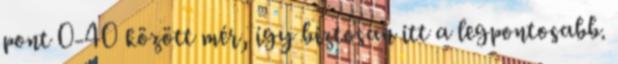
pont 0-40 között mér, így biztosan itt a legpontosabb.